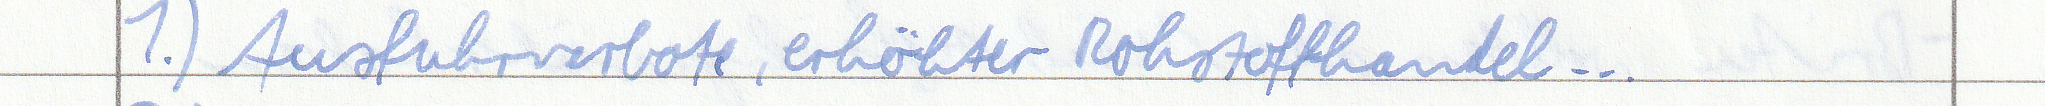
1.) Ausfuhrverbote, erhöhter Rohstoffhandel...